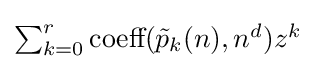
{\textstyle \sum _{k=0}^{r}{\text{coeff}}({\tilde {p}}_{k}(n),n^{d})z^{k}}